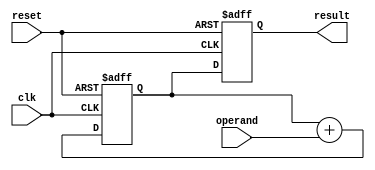
module cascaded_accumulator (
    input wire clk,
    input wire reset,
    input wire [7:0] operand,
    output reg [15:0] result
);

reg [15:0] accum;

always @(posedge clk or posedge reset) begin
    if (reset) begin
        accum <= 16'b0;
        result <= 16'b0;
    end else begin
        accum <= accum + operand;
        result <= accum;
    end
end

endmodule